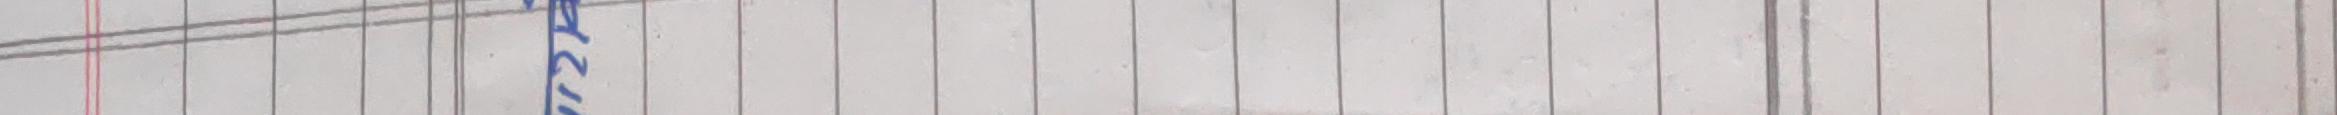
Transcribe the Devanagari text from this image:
१२ जेठ